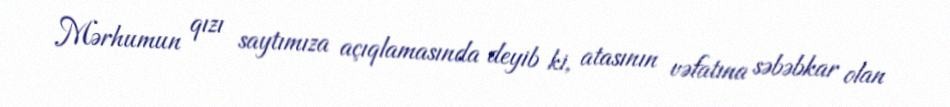
Mərhumun qızı saytımıza açıqlamasında deyib ki, atasının vəfatına səbəbkar olan